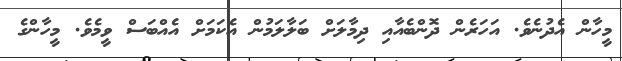
މީހާން އެދުނެވެ. އަހަރެން ދޮންބެއާއި ދިމާލަށް ބަލާލަމުން އެކަމަށް އެއްބަސް ވީމެވެ. މީހާންގެ